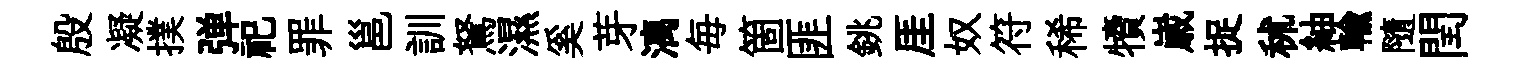
殷凝撲弹祀罪邕訓駑濕奚芽漓毎箇匪銚厓奴符稀犢𡻕捉秫紬輸隨閏